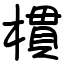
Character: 樌